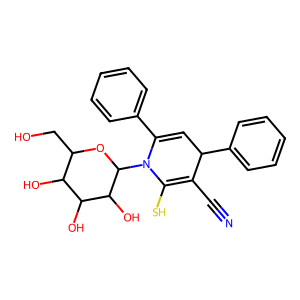
SMILES: N#CC1=C(S)N(C2OC(CO)C(O)C(O)C2O)C(c2ccccc2)=CC1c1ccccc1
Inhibits HIV replication: No